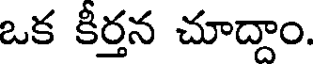
ఒక కీర్తన చూద్దాం.